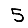
Digit: 5